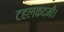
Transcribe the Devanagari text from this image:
टहलकदमी।